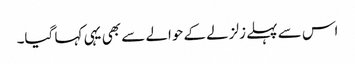
اس سے پہلے زلزلے کے حوالے سے بھی یہی کہا گیا۔